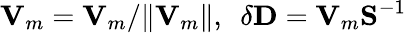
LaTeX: {\mathbf V}_{m}={\mathbf V}_{m}/\| {\mathbf V}_{m}\| ,~~\delta{\mathbf D}={\mathbf V}_{m}{\mathbf S}^{-1}